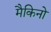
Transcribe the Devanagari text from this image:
मैकिनो